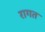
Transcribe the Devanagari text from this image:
रागत